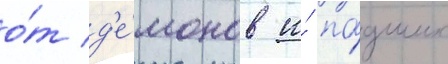
о́т д'е́монов и́ па́дших